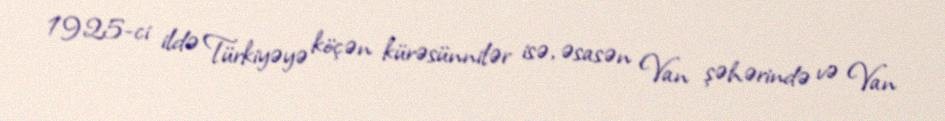
1925-ci ildə Türkiyəyə köçən kürəsünnilər isə, əsasən Van şəhərində və Van